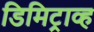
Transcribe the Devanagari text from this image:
डिमिट्राव्ह